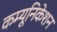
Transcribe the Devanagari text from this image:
कम्‍यूनिकेशन